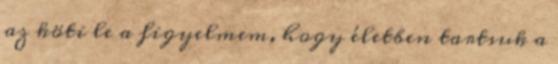
az köti le a figyelmem, hogy életben tartsuk a